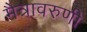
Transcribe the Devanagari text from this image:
मैत्रावरुणी